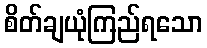
စိတ်ချယုံကြည်ရသော